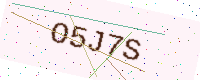
Text: O5J7S